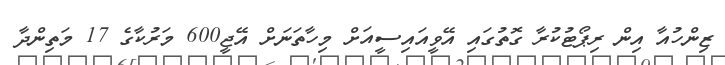
ޒިންހުއާ އިން ރިޕޯޓުކުރާ ގޮތުގައި އޭވީއައިސީއަށް މިހާތަނަށް އޭޖީ600 މަރުކާގެ 17 މަތިންދާ